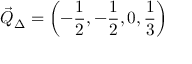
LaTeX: \vec { Q } _ { \Delta } = \left( - \frac { 1 } { 2 } , - \frac { 1 } { 2 } , 0 , \frac { 1 } { 3 } \right)